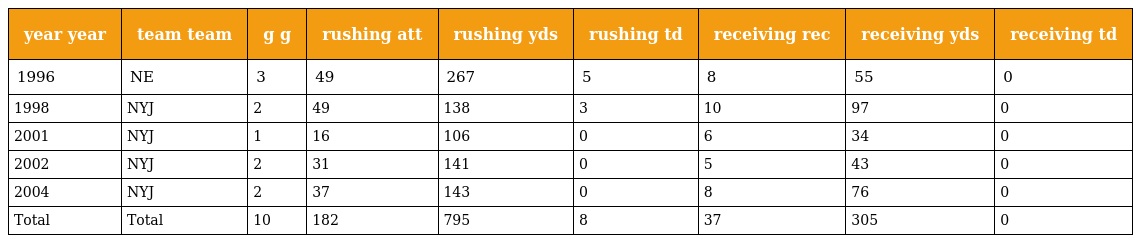
| year year | team team | g g | rushing att | rushing yds | rushing td | receiving rec | receiving yds | receiving td |
 | --- | --- | --- | --- | --- | --- | --- | --- | --- |
 | 1996 | NE | 3 | 49 | 267 | 5 | 8 | 55 | 0 |
 | 1998 | NYJ | 2 | 49 | 138 | 3 | 10 | 97 | 0 |
 | 2001 | NYJ | 1 | 16 | 106 | 0 | 6 | 34 | 0 |
 | 2002 | NYJ | 2 | 31 | 141 | 0 | 5 | 43 | 0 |
 | 2004 | NYJ | 2 | 37 | 143 | 0 | 8 | 76 | 0 |
 | Total | Total | 10 | 182 | 795 | 8 | 37 | 305 | 0 |